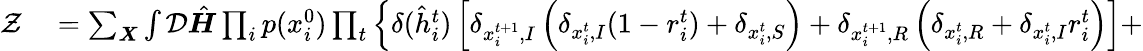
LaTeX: \begin{array}{rl}{\mathcal{Z}}&{{}=\sum_{\boldsymbol{X}}\int\mathcal{D}\hat{\boldsymbol{H}}\prod_{i}p(x_{i}^{0})\prod_{t}\left\{ \delta(\hat{h}_{i}^{t})\left[\delta_{x_{i}^{t+1},I}\left(\delta_{x_{i}^{t},I}(1-r_{i}^{t})+\delta_{x_{i}^{t},S}\right)+\delta_{x_{i}^{t+1},R}\left(\delta_{x_{i}^{t},R}+\delta_{x_{i}^{t},I}r_{i}^{t}\right)\right]+\right.}\end{array}